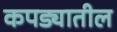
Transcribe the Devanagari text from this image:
कपड्यातील